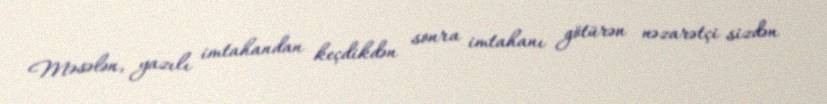
Məsələn, yazılı imtahandan keçdikdən sonra imtahanı götürən nəzarətçi sizdən